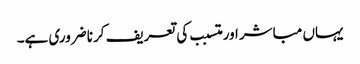
یہاں مباشر اور متسبب کی تعریف کرنا ضروری ہے۔